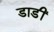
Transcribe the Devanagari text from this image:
डाडीं